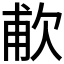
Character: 𬅤